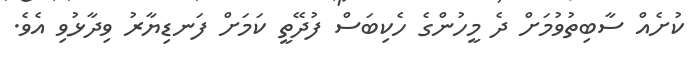
ކުށެއް ސާބިތުވުމަށް ދެ މީހުންގެ ހެކިބަސް ފުދޭތީ ކަމަށް ފަނޑިޔާރު ވިދާޅުވި އެވެ.